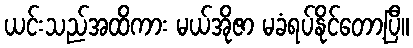
ယင်းသည်အထိကား မယ်အိုဇာ မခံရပ်နိုင်တော့ပြီ။